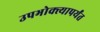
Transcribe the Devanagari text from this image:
उपभोक्त्यापर्यंत